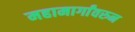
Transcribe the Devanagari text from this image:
महामार्गांवरुन